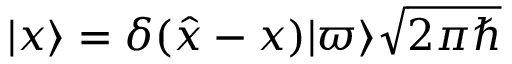
| x \rangle = \delta ( { \hat { x } } - x ) | \varpi \rangle { \sqrt { 2 \pi \hbar } }